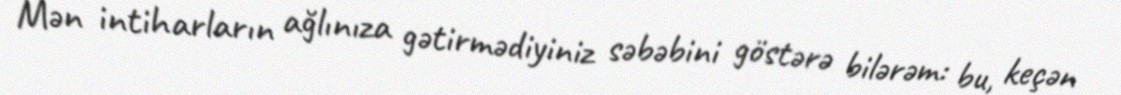
Mən intiharların ağlınıza gətirmədiyiniz səbəbini göstərə bilərəm: bu, keçən